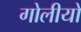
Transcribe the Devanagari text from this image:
गोलीयों